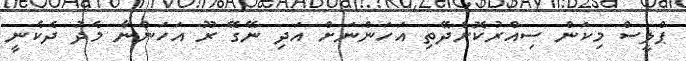
ޕްލީސް މިކަން ސިއްރުކޮށްދޭތި އަހަންނަށް އަދި ނޭގޭ ރޫ އަހަންނާ މެދު ދެކެނީ